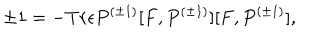
\pm 1 = - T r { \epsilon } P ^ { ( \pm 1 ) } [ F , P ^ { ( \pm 1 ) } ] [ F , P ^ { ( \pm 1 ) } ] ,